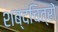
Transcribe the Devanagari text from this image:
शब्दचित्रों